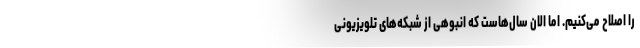
را اصلاح می‌کنیم. اما الان سال‌هاست که انبوهی از شبکه‌های تلویزیونی